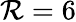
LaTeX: \mathcal{R}=6